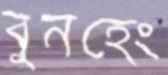
বুনহেং